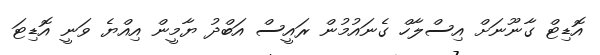
އޮޑިޓް ގާނޫނަށް އިސްލާހް ގެނައުމުން ރައީސް އަބްދު ޔާމީން އިއްޔެ ވަނީ އޮޑިޓަ